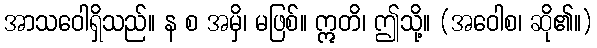
အာသဝေါရှိသည်။ န စ အမှိ၊ မဖြစ်။ ဣတိ၊ ဤသို့။ (အဝေါစ၊ ဆို၏။)